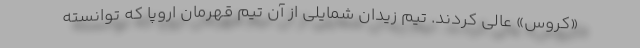
«کروس» عالی کردند. تیم زیدان شمایلی از آن تیم قهرمان اروپا که توانسته